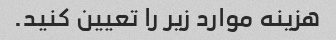
هزینه موارد زیر را تعیین کنید.